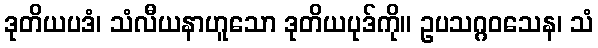
ဒုတိယပဒံ၊ သံလီယနာဟူသော ဒုတိယပုဒ်ကို။ ဥပသဂ္ဂဝသေန၊ သံ